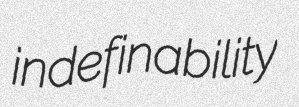
indefinability